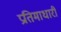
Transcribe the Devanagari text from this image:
प्रतिमाधारी